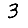
Digit: 3